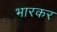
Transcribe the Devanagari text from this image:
भारकर